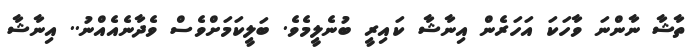
ތާޝާ ނާންނަ ވާހަކަ އަހަރެން އިނާޝާ ކައިރީ ބުނެލީމެވެ. ބަލީކަމަށްވެސް ވެދާނެއެއްނު.. އިނާޝާ